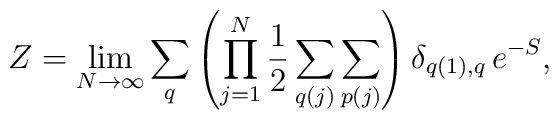
Z  =  \lim_{N\rightarrow\infty}\sum_q \left(\prod_{j=1}^{N} \frac{1}{2}\sum_{q(j)}\sum_{p(j)} \right) \delta_{q(1),q} \, e^{-S},